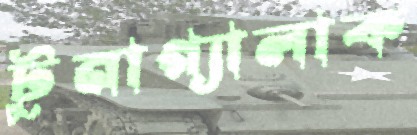
টুনাগ্যালাক